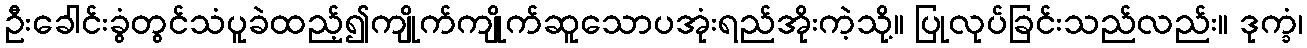
ဦးခေါင်းခွံတွင်သံပူခဲထည့်၍ကျိုက်ကျိုက်ဆူသောပအုံးရည်အိုးကဲ့သို့။ ပြုလုပ်ခြင်းသည်လည်း။ ဒုက္ခံ၊